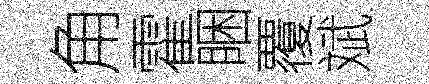
角霍睏覆斌